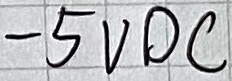
Text: -5VDC